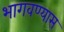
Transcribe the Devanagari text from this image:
भागवण्यास